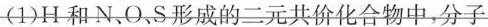
(1)H 和 N、O、S 形成的二元共价化合物中，分子